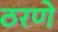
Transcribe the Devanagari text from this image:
ठरणे